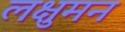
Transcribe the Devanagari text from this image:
लक्षुमन